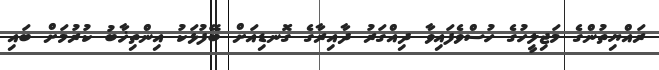
ރައްޔިތުންގެ މަޖިލީހުގެ ހުސްވެފައިވާ ދިއްގަރު ދާއިރާގެ ގޮނޑިއަށް ބޭފުޅަކު އިންތިޚާބު ކުރުމަށް ބައި